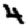
Digit: 4